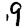
Digit: 9